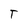
Character: T